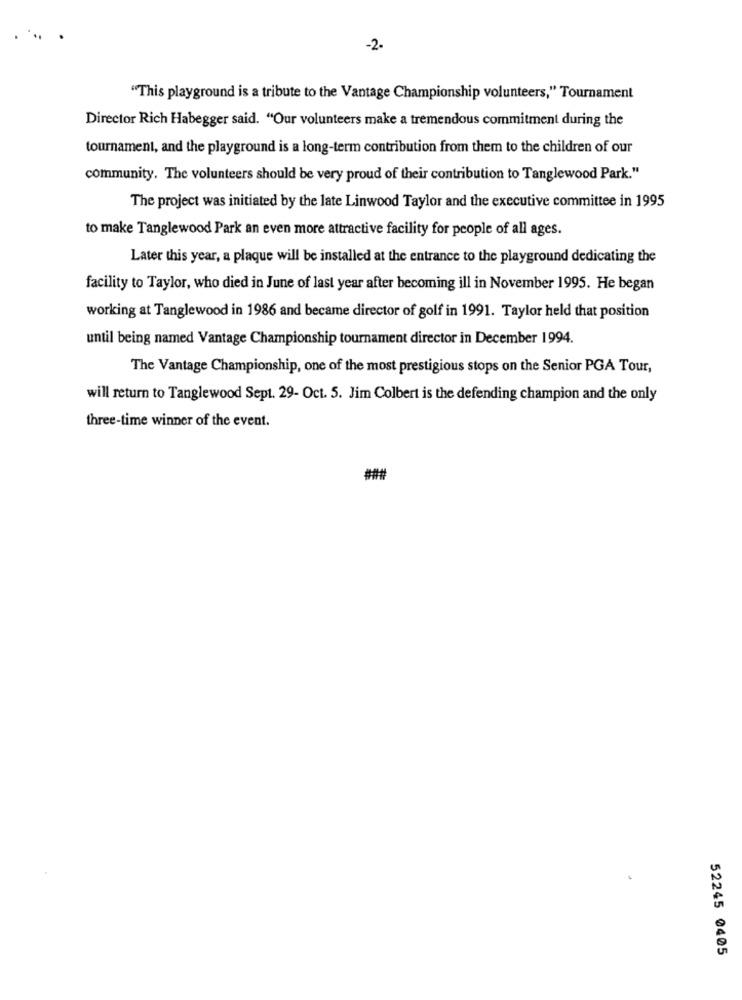
-2-
"This playground is a tribute to the Vantage Championship volunteers," Tournament
Director Rich Habegger said. "Our volunteers make a tremendous commitment during the
tournament, and the playground is a long-term contribution from them to the children of our
community. The volunteers should be very proud of their contribution to Tanglewood Park."
The project was initiated by the late Linwood Taylor and the executive committee in 1995
to make Tanglewood Park an even more attractive facility for people of all ages.
Later this year, a plaque will be installed at the entrance to the playground dedicating the
facility to Taylor, who died in June of last year after becoming ill in November 1995. He began
working at Tanglewood in 1986 and became director of golf in 1991. Taylor held that position
until being named Vantage Championship tournament director in December 1994.
The Vantage Championship, one of the most prestigious stops on the Senior PGA Tour,
will return to Tanglewood Sept. 29- Oct. 5. Jim Colbert is the defending champion and the only
three-time winner of the event.
###
52245 0405